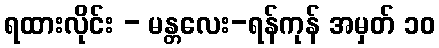
ရထားလိုင်း - မန္တလေး-ရန်ကုန် အမှတ် ၁၀